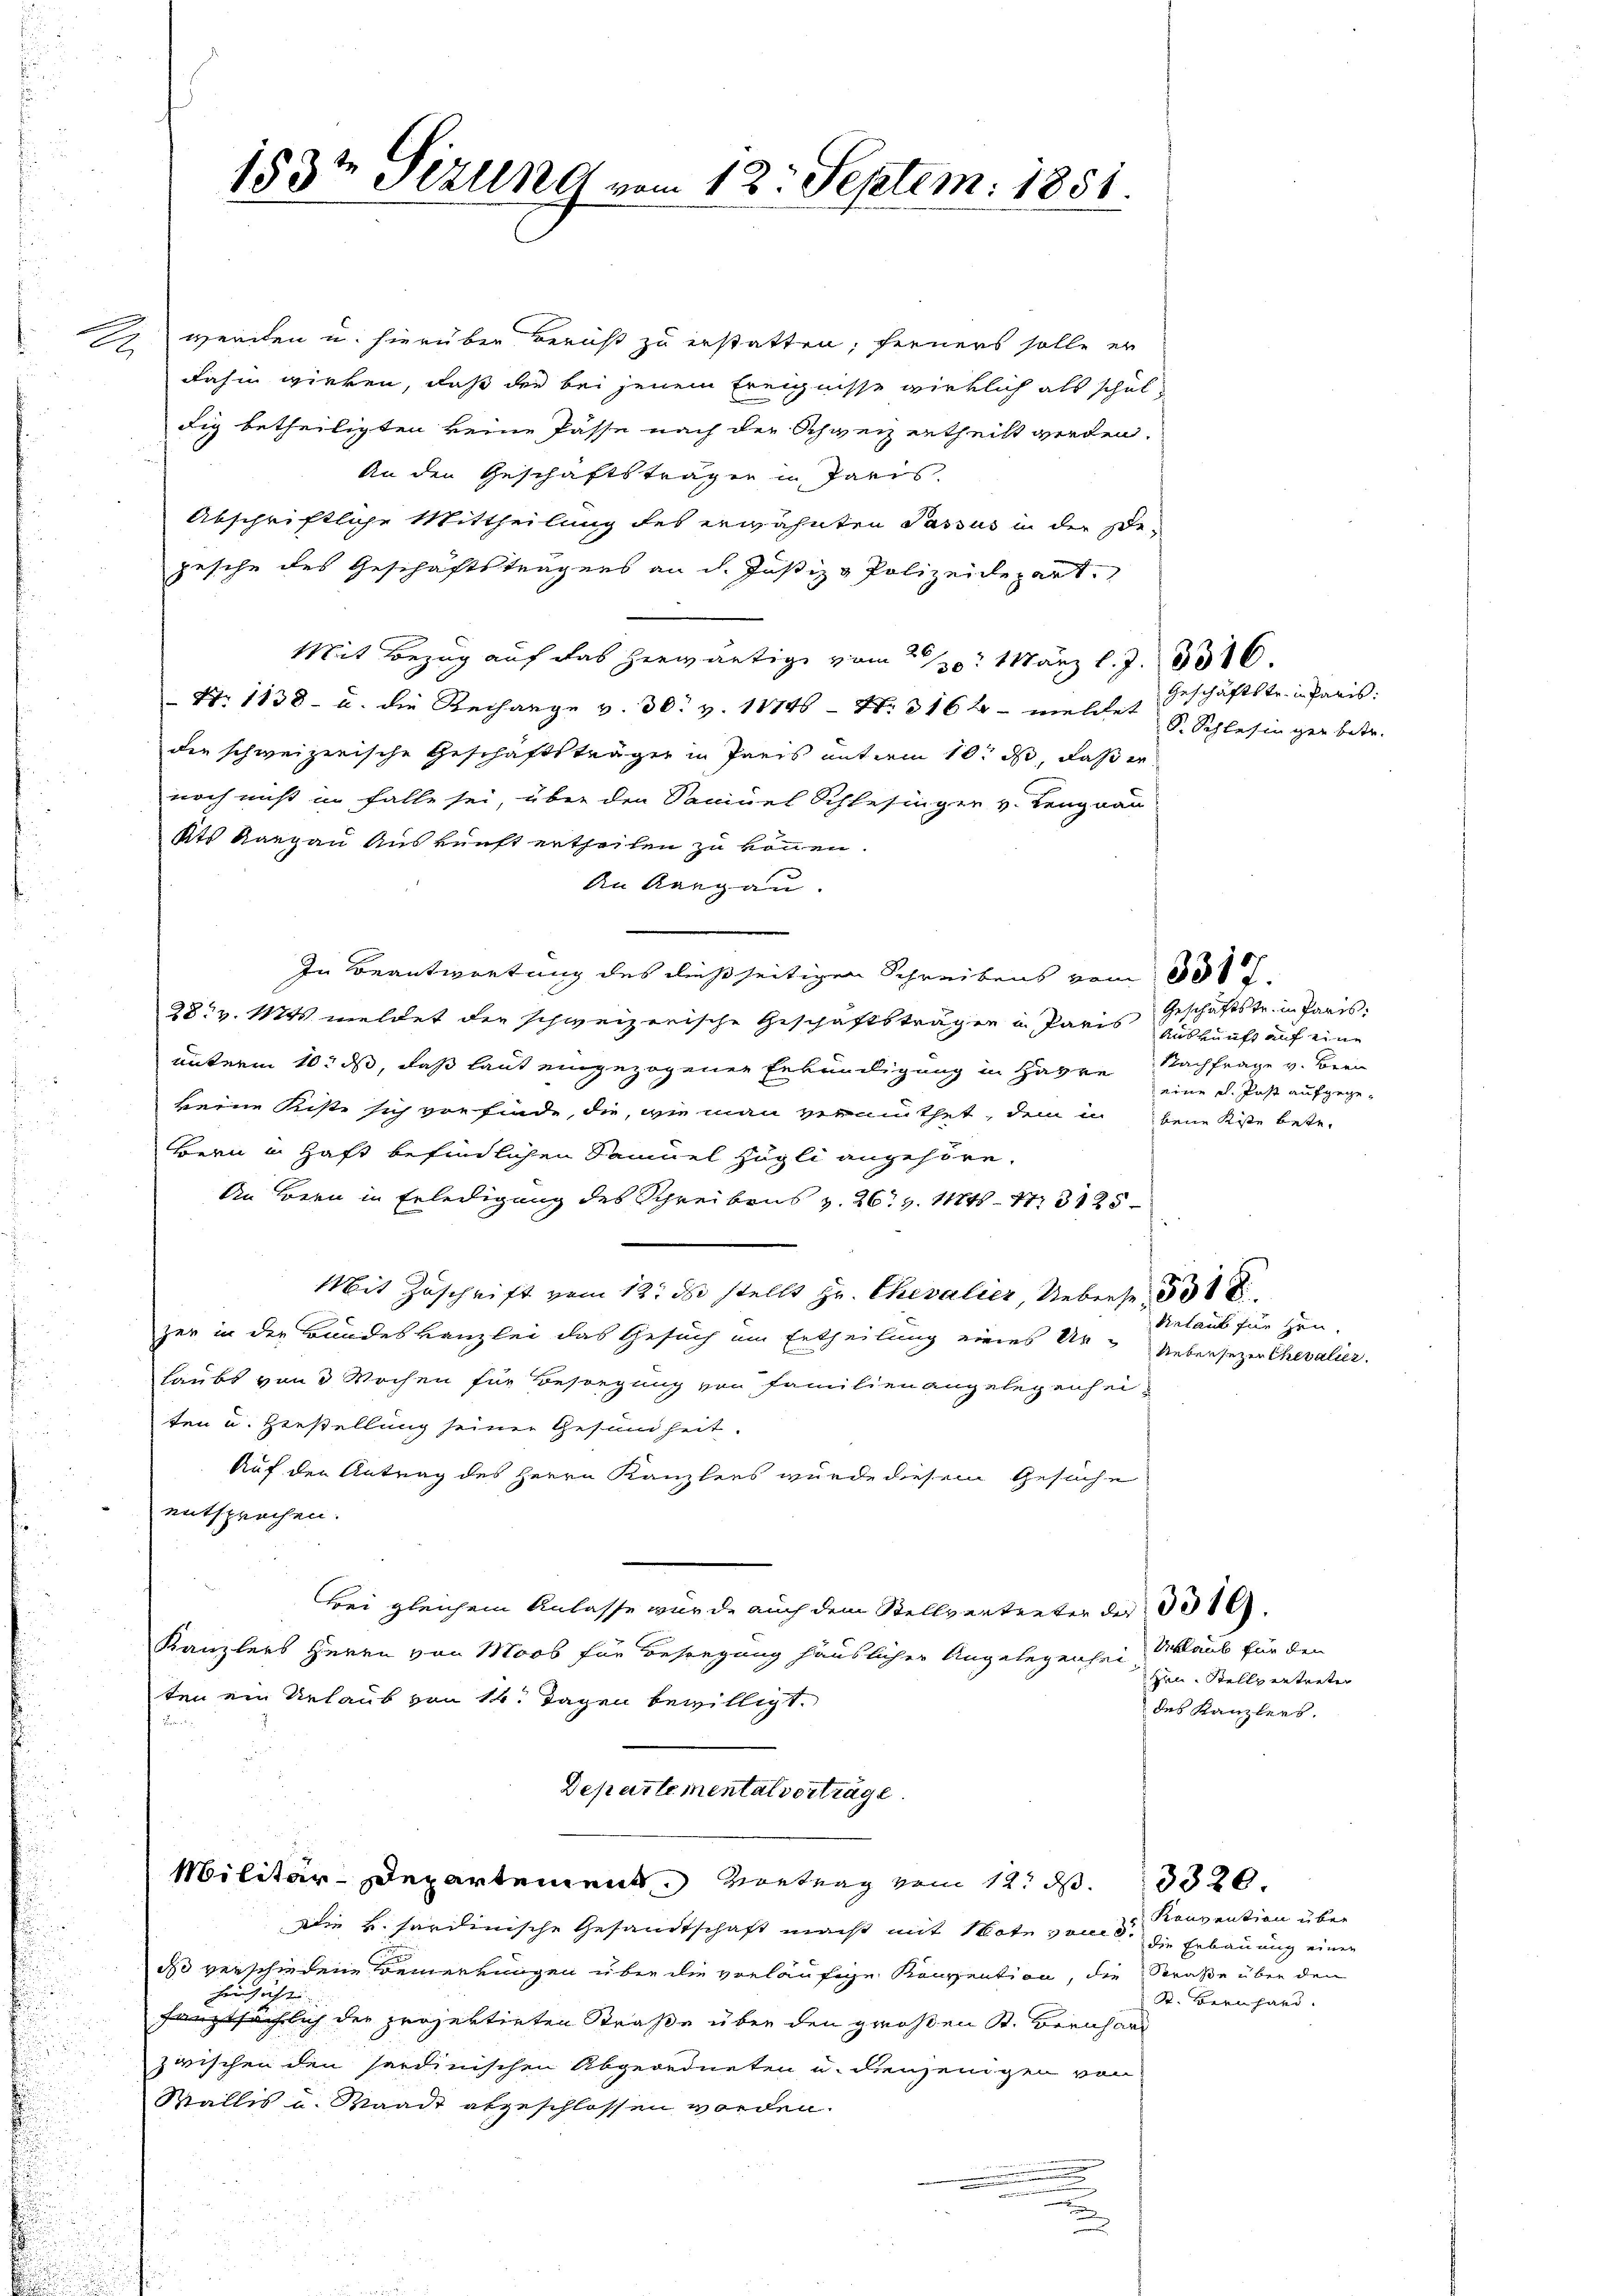
.

153te Stillng vom 12. Septem: 1851.

wenden u. hierüber beruht zu erstatten; ferners solle er
dahin wirken, daß der bei jenem Ereignisse wirklich als schuldig betheiligten keine Pässe nach der Schweiz ertheilt werden.
An den Geschäftsträgen in Paris.
Abschriftliche Mittheilung des erwähnten Passus in der Begesche des Geschäftsträgers an d. Justiz & Polizeidepart
Mit Bezug auf das herwärtige vom 30. März l. J. 331.
N. 1138 u. die Rechange v. 30. v. 11746 - No. 316 f - wellet Geschäftstr. in Paris
den schweizerische Geschäftsträger in Paris unterm 10. ds, daß er
noch nicht in falle sei, über den Samuel Schlesinger v. Lengnau
Kts Aargau Auskunft ertheilen zu können.
An Aargau.
In Beantwortung des dießseitigen Schreibens vom 1000.
28. v. Mts. meldet der schweizerische Geschäftsträgen in Paris Auskunft auf eine
unterm 10. ds, daß laut eingezogenen Erkundigung in Havre Nachfrage v. Bern
keine Kiste sich vorfinde, die, wie man vermuthet, dem in beim Kiste betr.
Bern in Haft befindlichen Samuel zugli angehöre.
An Bern in Erledigung des Schreibens v. 26. v. Mts. 173125
Mit Zuschrift vom 12. d. stellt Hr. Chevalier Ueberse
zer in der Bundeskanzlei das Gesuch um Ertheilung eines Ur-Uebersetzer Chevalier.
laubs von 3 Wochen für Besiegung von Familien angelegenheiten u. Hiestellung seiner Gesundheit.
Auf den Antrag des Herrn Kanzlees wurde diesem Gesuche
entsprechen.
Bei gleichem Anlasse wurde auch dem Stellvertreten der 301.
Kanzlers Herrn von Moos für Besorgung häuslicher Angelegenhei
ten ein Urlaub von 14. Tagen bewilligt.
n
Departemental vorträge.
Militär-Departement. Vortrag vom 12. d. 13320.
Die k. Ferdinische Gesandtschaft macht mit Note vom 6. die Erbauung einen
do verschiedene Bemerkungen über die vorläufige Konvention, die Straße über den
hinsicht
hauptsächlich der projektirten Straße über den großen K. Bernhard
zwischen den serdinischen Abgeordneten u. dienjenigen von
Wallis u. Waadt abgeschlossen worden.
5
.
.

S. Schlesinger betr.

Geschäftstr. in Paris.
eine el. Past aufgege¬

Relaus für zen.

Urlaub für den
Hrn. Stellvertreten
des Kanzlers.

Konvention über
S. Bernhard.